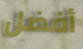
أفضل